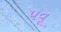
પવૂ